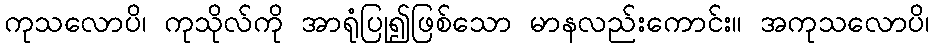
ကုသလောပိ၊ ကုသိုလ်ကို အာရုံပြု၍ဖြစ်သော မာနလည်းကောင်း။ အကုသလောပိ၊